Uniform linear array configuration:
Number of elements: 24
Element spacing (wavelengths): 0.25
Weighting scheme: blackman
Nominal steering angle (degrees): -60
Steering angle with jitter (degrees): -58.692
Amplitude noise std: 0.05
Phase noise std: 0.05

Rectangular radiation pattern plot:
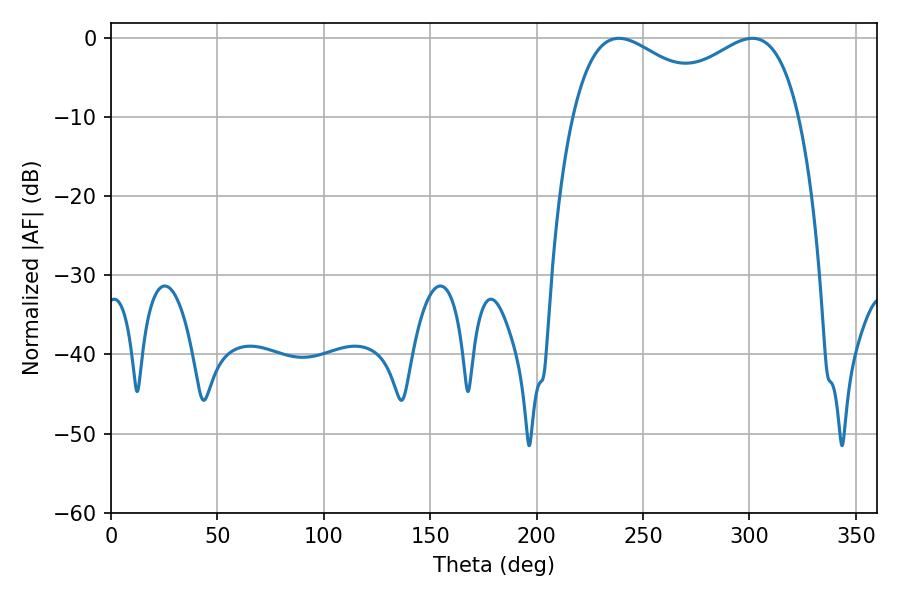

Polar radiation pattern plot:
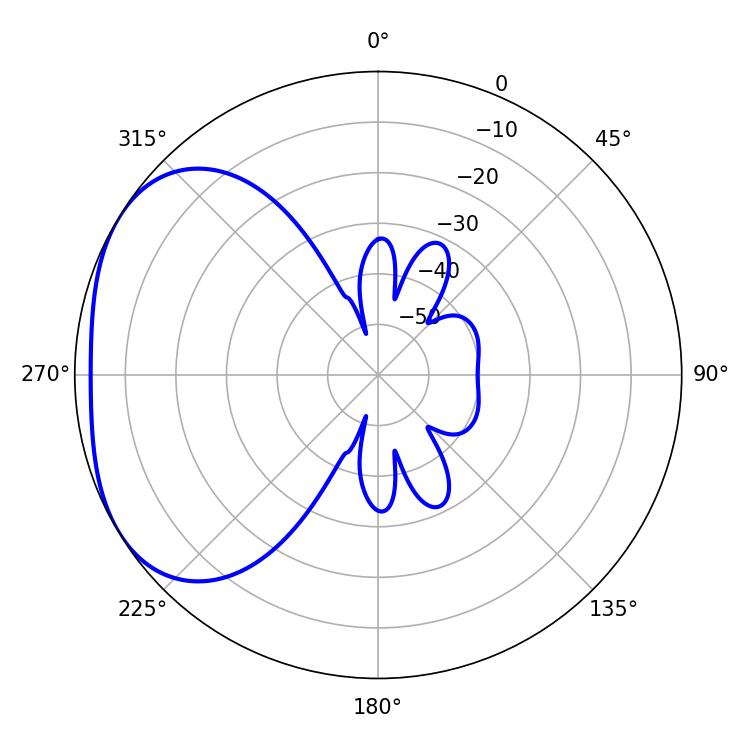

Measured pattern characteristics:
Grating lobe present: FALSE
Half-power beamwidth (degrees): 39.96
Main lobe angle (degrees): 238.68